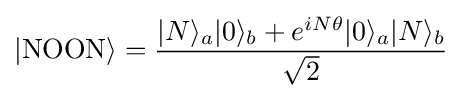
|{\text{NOON}}\rangle ={\frac {|N\rangle _{a}|0\rangle _{b}+e^{iN\theta }|{0}\rangle _{a}|{N}\rangle _{b}}{\sqrt {2}}}